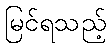
မြင်ရသည့်